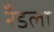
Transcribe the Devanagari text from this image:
रँडला